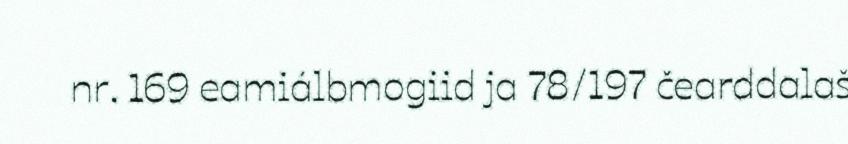
nr. 169 eamiálbmogiid ja 78/197 čearddalaš